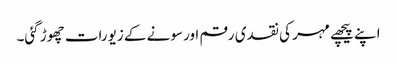
اپنے پیچھے مہر کی نقدی رقم اور سونے کے زیورات چھوڑ گئی۔